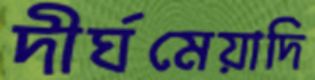
দীর্ঘমেয়াদি